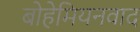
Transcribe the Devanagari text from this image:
बोहेमियनवाद